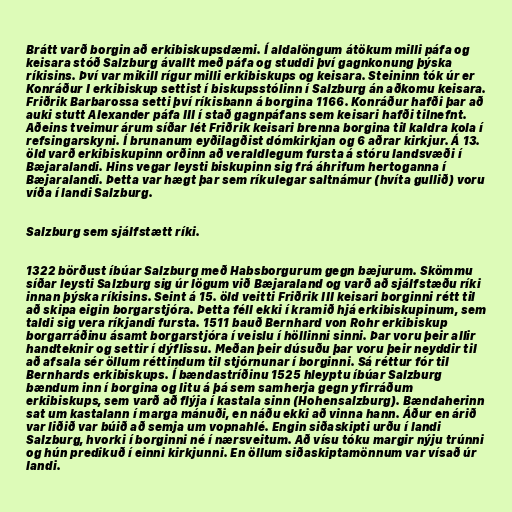
Brátt varð borgin að erkibiskupsdæmi. Í aldalöngum átökum milli páfa og
keisara stóð Salzburg ávallt með páfa og studdi því gagnkonung þýska
ríkisins. Því var mikill rígur milli erkibiskups og keisara. Steininn tók úr er
Konráður I erkibiskup settist í biskupsstólinn í Salzburg án aðkomu keisara.
Friðrik Barbarossa setti því ríkisbann á borgina 1166. Konráður hafði þar að
auki stutt Alexander páfa III í stað gagnpáfans sem keisari hafði tilnefnt.
Aðeins tveimur árum síðar lét Friðrik keisari brenna borgina til kaldra kola í
refsingarskyni. Í brunanum eyðilagðist dómkirkjan og 6 aðrar kirkjur. Á 13.
öld varð erkibiskupinn orðinn að veraldlegum fursta á stóru landsvæði í
Bæjaralandi. Hins vegar leysti biskupinn sig frá áhrifum hertoganna í
Bæjaralandi. Þetta var hægt þar sem ríkulegar saltnámur (hvíta gullið) voru
víða í landi Salzburg.

Salzburg sem sjálfstætt ríki.

1322 börðust íbúar Salzburg með Habsborgurum gegn bæjurum. Skömmu
síðar leysti Salzburg sig úr lögum við Bæjaraland og varð að sjálfstæðu ríki
innan þýska ríkisins. Seint á 15. öld veitti Friðrik III keisari borginni rétt til
að skipa eigin borgarstjóra. Þetta féll ekki í kramið hjá erkibiskupinum, sem
taldi sig vera ríkjandi fursta. 1511 bauð Bernhard von Rohr erkibiskup
borgarráðinu ásamt borgarstjóra í veislu í höllinni sinni. Þar voru þeir allir
handteknir og settir í dýflissu. Meðan þeir dúsuðu þar voru þeir neyddir til
að afsala sér öllum réttindum til stjórnunar í borginni. Sá réttur fór til
Bernhards erkibiskups. Í bændastríðinu 1525 hleyptu íbúar Salzburg
bændum inn í borgina og litu á þá sem samherja gegn yfirráðum
erkibiskups, sem varð að flýja í kastala sinn (Hohensalzburg). Bændaherinn
sat um kastalann í marga mánuði, en náðu ekki að vinna hann. Áður en árið
var liðið var búið að semja um vopnahlé. Engin siðaskipti urðu í landi
Salzburg, hvorki í borginni né í nærsveitum. Að vísu tóku margir nýju trúnni
og hún predikuð í einni kirkjunni. En öllum siðaskiptamönnum var vísað úr
landi.